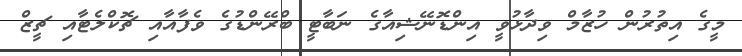
މީގެ އިތުރުން ހުޒާމް ވިދާޅުވީ އިންޑޮނޭޝިއާގެ ނަބާޓީ ބްރޭންޑުގެ ވެފާއާއި ޗޮކްލެޓާއި ޗީޒް